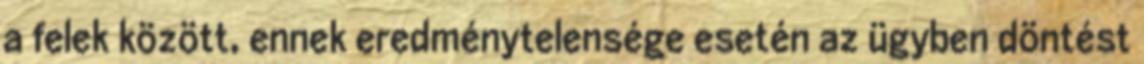
a felek között, ennek eredménytelensége esetén az ügyben döntést